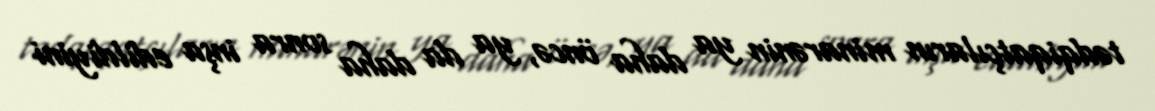
tədqiqatçıların minarənin ya daha öncə, ya da daha sonra inşa edildiyini